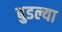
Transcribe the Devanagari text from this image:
बुडल्या